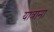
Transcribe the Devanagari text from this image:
यात्राना